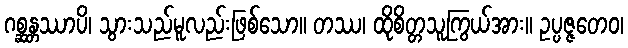
ဂစ္ဆန္တဿာပိ၊ သွားသည်မူလည်းဖြစ်သော။ တဿ၊ ထိုစိတ္တသူကြွယ်အား။ ဥပ္ပဇ္ဇတေဝ၊